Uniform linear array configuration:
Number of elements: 8
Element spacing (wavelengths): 0.75
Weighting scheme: kaiser
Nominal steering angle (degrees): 0
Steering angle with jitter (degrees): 1.234
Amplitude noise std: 0.05
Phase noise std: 0.05

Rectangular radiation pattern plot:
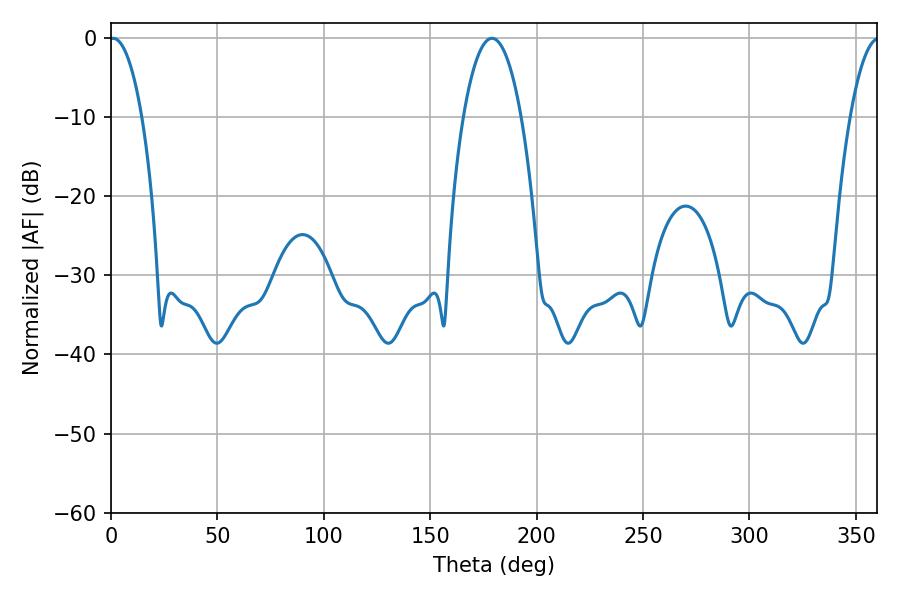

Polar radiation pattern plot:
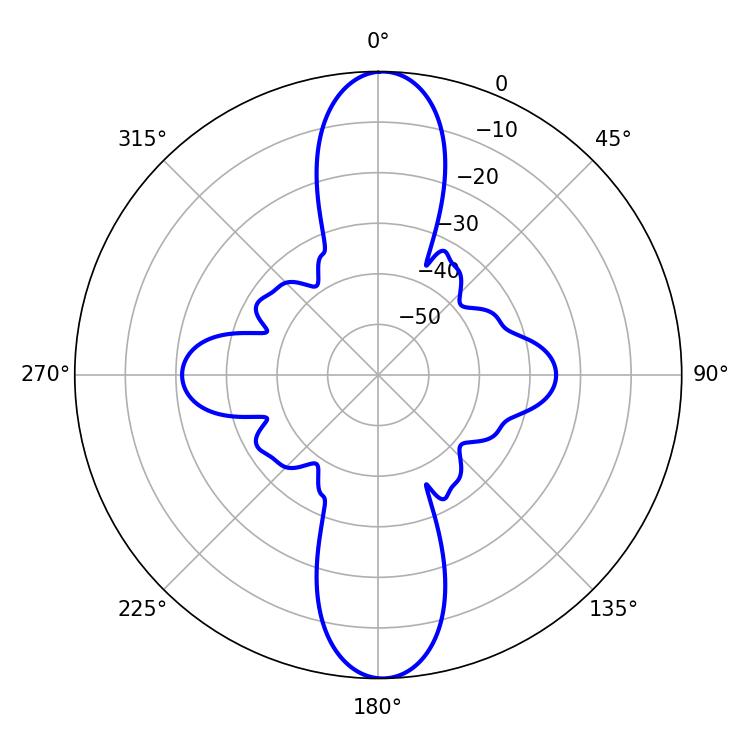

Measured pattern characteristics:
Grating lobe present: TRUE
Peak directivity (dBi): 24.314
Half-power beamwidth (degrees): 8.46
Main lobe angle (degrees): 0.9